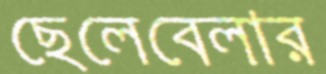
ছেলেবেলার